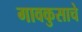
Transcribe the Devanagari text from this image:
गावकुसाचे